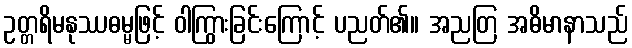
ဥတ္တရိမနုဿဓမ္မဖြင့် ဝါကြွားခြင်းကြောင့် ပညတ်၏။ အညတြ အဓိမာနာသည်